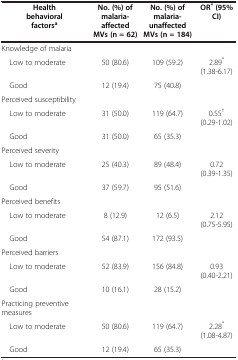
<table><thead><tr><td><b>Health behavioral factors<sup>a</sup></b></td><td><b>No. (%) of malaria-affected MVs (n = 62)</b></td><td><b>No. (%) of malaria-unaffected MVs (n = 184)</b></td><td><b>OR<sup>*</sup>(95% CI)</b></td></tr></thead><tbody><tr><td>Knowledge of malaria</td><td> </td><td> </td><td> </td></tr><tr><td> Low to moderate</td><td>50 (80.6)</td><td>109 (59.2)</td><td>2.89<sup>*</sup> (1.38-6.17)</td></tr><tr><td> Good</td><td>12 (19.4)</td><td>75 (40.8)</td><td> </td></tr><tr><td>Perceived susceptibility</td><td> </td><td> </td><td> </td></tr><tr><td> Low to moderate</td><td>31 (50.0)</td><td>119 (64.7)</td><td>0.55<sup>†</sup>(0.29-1.02)</td></tr><tr><td> Good</td><td>31 (50.0)</td><td>65 (35.3)</td><td> </td></tr><tr><td>Perceived severity</td><td> </td><td> </td><td> </td></tr><tr><td> Low to moderate</td><td>25 (40.3)</td><td>89 (48.4)</td><td>0.72 (0.39-1.35)</td></tr><tr><td> Good</td><td>37 (59.7)</td><td>95 (51.6)</td><td> </td></tr><tr><td>Perceived benefits</td><td> </td><td> </td><td> </td></tr><tr><td> Low to moderate</td><td>8 (12.9)</td><td>12 (6.5)</td><td>2.12 (0.75-5.95)</td></tr><tr><td> Good</td><td>54 (87.1)</td><td>172 (93.5)</td><td> </td></tr><tr><td>Perceived barriers</td><td> </td><td> </td><td> </td></tr><tr><td> Low to moderate</td><td>52 (83.9)</td><td>156 (84.8)</td><td>0.93 (0.40-2.21)</td></tr><tr><td> Good</td><td>10 (16.1)</td><td>28 (15.2)</td><td> </td></tr><tr><td>Practicing preventive measures</td><td> </td><td> </td><td> </td></tr><tr><td> Low to moderate</td><td>50 (80.6)</td><td>119 (64.7)</td><td>2.28<sup>*</sup> (1.08-4.87)</td></tr><tr><td> Good</td><td>12 (19.4)</td><td>65 (35.3)</td><td> </td></tr></tbody></table>